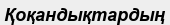
Қоқандықтардың